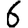
Digit: 6